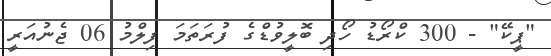
"ޕީކޭ" - 300 ކްރޯޑު ހޯދި ބޮލީވުޑްގެ ފުރަތަމަ ފިލްމު 06 ޖެނުއަރީ